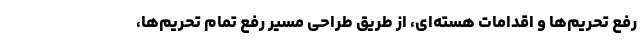
رفع تحریم‌ها و اقدامات هسته‌ای، از طریق طراحی مسیر رفع تمام تحریم‌ها،